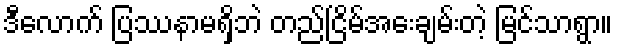
ဒီလောက် ပြဿနာမရှိဘဲ တည်ငြိမ်အေးချမ်းတဲ့ မြင်သာရွာ။